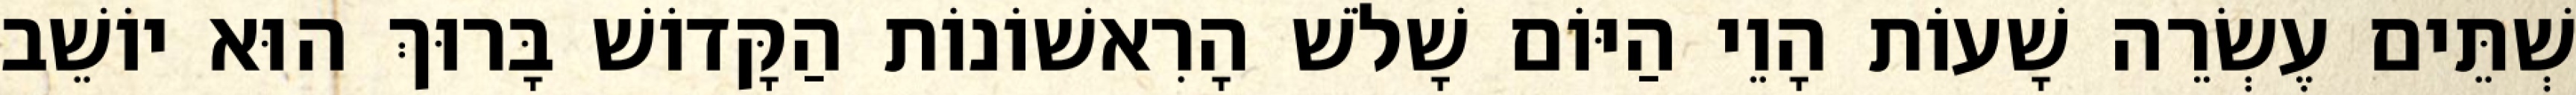
שְׁתֵּים עֶשְׂרֵה שָׁעוֹת הָוֵי הַיּוֹם שָׁלֹשׁ הָרִאשׁוֹנוֹת הַקָּדוֹשׁ בָּרוּךְ הוּא יוֹשֵׁב